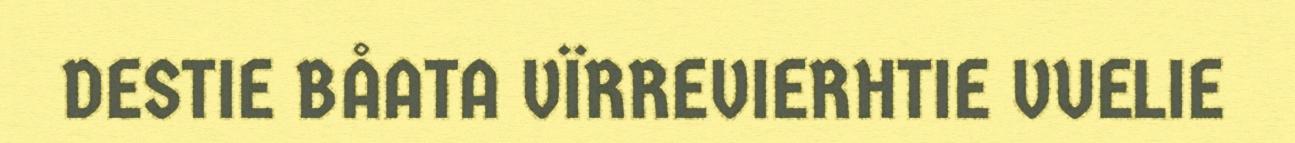
DESTIE BÅATA VÏRREVIERHTIE VUELIE